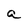
Character: a